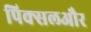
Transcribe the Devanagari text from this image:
पिक्सलऔर